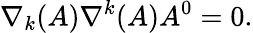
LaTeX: \nabla_{k}(A)\nabla^{k}(A)A^{0}=0.